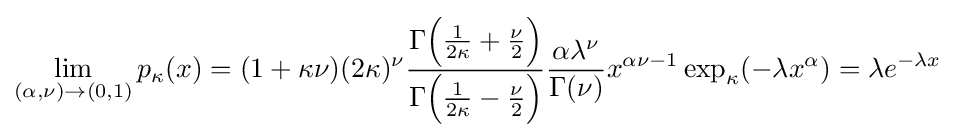
\lim _{(\alpha ,\nu )\to (0,1)}p_{\kappa }(x)=(1+\kappa \nu )(2\kappa )^{\nu }{\frac {\Gamma {\Big (}{\frac {1}{2\kappa }}+{\frac {\nu }{2}}{\Big )}}{\Gamma {\Big (}{\frac {1}{2\kappa }}-{\frac {\nu }{2}}{\Big )}}}{\frac {\alpha \lambda ^{\nu }}{\Gamma (\nu )}}x^{\alpha \nu -1}\exp _{\kappa }(-\lambda x^{\alpha })=\lambda e^{-\lambda x}